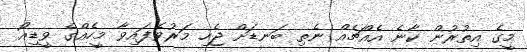
މީގެ އިތުރުން ކާނެ އެއްޗެއް ނެތި ބަނޑަށް ޖެހި މަރުވެފައިވާ މީހެއްގެ ވީޑިއޯ